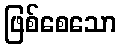
ဖြစ်စေသော